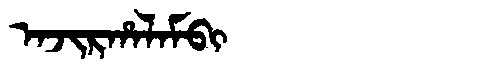
Manchu: ᠠᠵᡳᡵᡥᠠᠯᠠᠮᠪᡳ
Romanization: AJIRHALAMBI